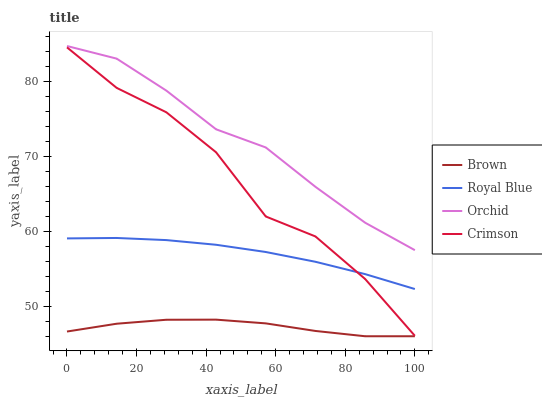
| xaxis_label | Brown | Royal Blue | Orchid | Crimson |
 | --- | --- | --- | --- | --- |
 | 0 | 46.6 | 59.1 | 84.7 | 84.5 |
 | 14.3 | 47.7 | 59.1 | 83 | 79.1 |
 | 28.6 | 48.2 | 58.8 | 78.8 | 75.9 |
 | 42.9 | 48.2 | 58.2 | 73.6 | 70.5 |
 | 57.1 | 47.7 | 57.2 | 71.2 | 62 |
 | 71.4 | 46.7 | 55.9 | 65.9 | 59.3 |
 | 85.7 | 46 | 54.3 | 61.1 | 53.6 |
 | 100 | 46 | 52.3 | 57.5 | 46.1 |